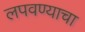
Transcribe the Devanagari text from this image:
लपवण्याचा